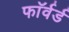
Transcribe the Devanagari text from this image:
फाॅर्वर्ड